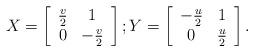
LaTeX: \begin{align*}X = \left[\begin{array}{cc}{v\over2} & 1\\ 0 & -{v\over2}\end{array}\right]; Y = \left[\begin{array}{cc}-{u\over2} & 1\\ 0 & {u\over2}\end{array}\right].\end{align*}